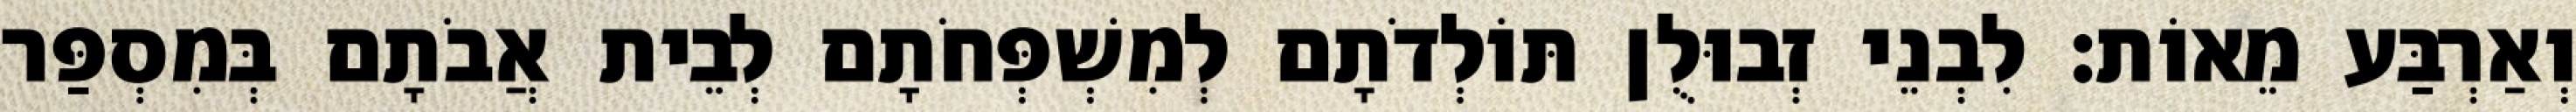
וְאַרְבַּע מֵאוֹת׃ לִבְנֵי זְבוּלֻן תּוֹלְדֹתָם לְמִשְׁפְּחֹתָם לְבֵית אֲבֹתָם בְּמִסְפַּר